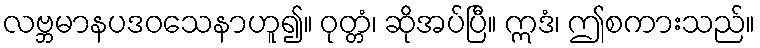
လဗ္ဘမာနပဒဝသေနာဟူ၍။ ဝုတ္တံ၊ ဆိုအပ်ပြီ။ ဣဒံ၊ ဤစကားသည်။